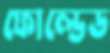
ফোল্ডেড